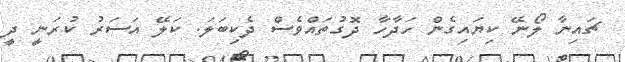
ޗައިނާ ލޯނޭ ކިޔައިގެން ހަދާހާ ދޮގުތައްވެސް ދެކިބަލަ. ކަލޭ އަސަރު ކުރަނީ ދީ